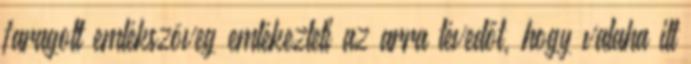
faragott emlékszöveg emlékezteti az arra tévedőt, hogy valaha itt